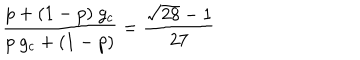
{ \frac { p + ( 1 - p ) \ g _ { c } } { p \ g _ { c } + ( 1 - p ) } } = { \frac { \sqrt { 2 8 } - 1 } { 2 7 } }